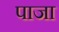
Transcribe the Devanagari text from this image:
पाजा